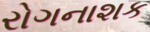
રોગનાશક